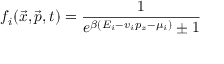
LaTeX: f _ { i } ( \vec { x } , \vec { p } , t ) = \frac { 1 } { e ^ { \beta ( E _ { i } - v _ { i } p _ { z } - \mu _ { i } ) } \pm 1 }